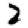
Digit: 2